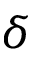
\delta